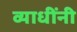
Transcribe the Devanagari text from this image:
व्याधींनी